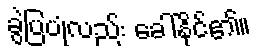
ခွဲပြပုံလည်း ခေါ်နိုင်၏။